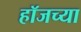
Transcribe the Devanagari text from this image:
हॉजच्या